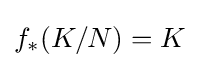
f_{*}(K/N)=K